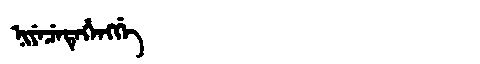
Manchu: ᠨᡳᠶᡝᠴᡝᡨᡝᡥᡝᠩᡤᡝ
Romanization: NIYECETEHENGGE